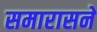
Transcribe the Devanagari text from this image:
समारासने